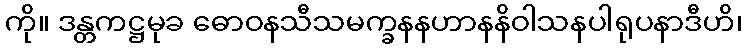
ကို။ ဒန္တကဋ္ဌမုခ ဓောဝနသီသမက္ခနနဟာနနိဝါသနပါရုပနာဒီဟိ၊